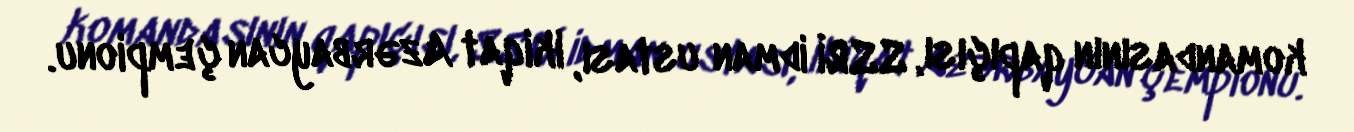
komandasının qapıçısı, SSRİ idman ustası, ikiqat Azərbaycan çempionu.